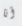
أنا